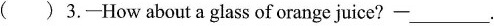
( )3.—How about a glass of orange juice? —___